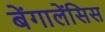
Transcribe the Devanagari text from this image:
बेंगालेंसिस